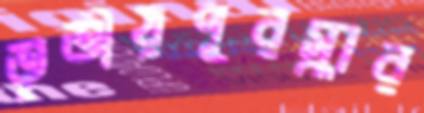
তৃতীয়পুরস্কার